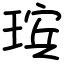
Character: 瑸